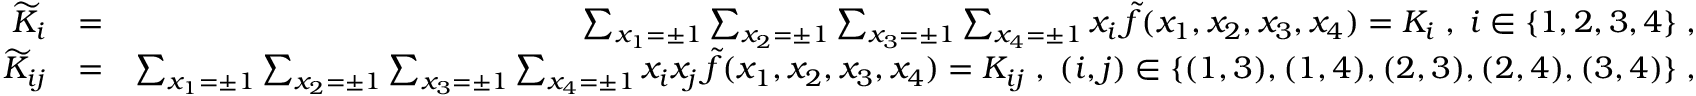
\begin{array} { r l r } { { \widetilde K } _ { i } } & { = } & { \sum _ { x _ { 1 } = \pm 1 } \sum _ { x _ { 2 } = \pm 1 } \sum _ { x _ { 3 } = \pm 1 } \sum _ { x _ { 4 } = \pm 1 } x _ { i } \, { \widetilde f } ( x _ { 1 } , x _ { 2 } , x _ { 3 } , x _ { 4 } ) = K _ { i } \; , \; i \in \{ 1 , 2 , 3 , 4 \} \; , } \\ { { \widetilde K } _ { i j } } & { = } & { \sum _ { x _ { 1 } = \pm 1 } \sum _ { x _ { 2 } = \pm 1 } \sum _ { x _ { 3 } = \pm 1 } \sum _ { x _ { 4 } = \pm 1 } x _ { i } x _ { j } \, { \widetilde f } ( x _ { 1 } , x _ { 2 } , x _ { 3 } , x _ { 4 } ) = K _ { i j } \; , \; ( i , j ) \in \{ ( 1 , 3 ) , ( 1 , 4 ) , ( 2 , 3 ) , ( 2 , 4 ) , ( 3 , 4 ) \} \; , } \end{array}